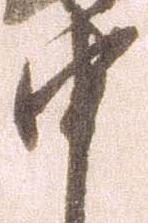
申